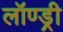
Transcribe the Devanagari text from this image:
लॉण्ड्री